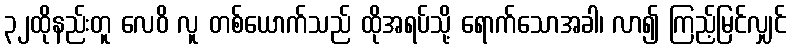
၃၂ထိုနည်းတူ လေဝိ လူ တစ်ယောက်သည် ထိုအရပ်သို့ ရောက်သောအခါ၊ လာ၍ ကြည့်မြင်လျှင်